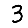
Digit: 3